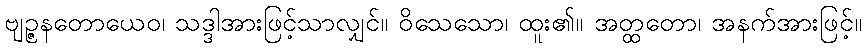
ဗျဉ္ဇနတောယေဝ၊ သဒ္ဒါအားဖြင့်သာလျှင်။ ဝိသေသော၊ ထူး၏။ အတ္ထတော၊ အနက်အားဖြင့်။